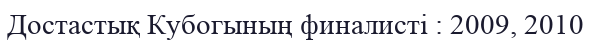
Достастық Кубогының финалисті : 2009, 2010